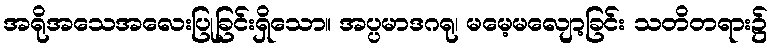
အရိုအသေအလေးပြုခြင်းရှိသော။ အပ္ပမာဒဂရု၊ မမေ့မလျော့ခြင်း သတိတရား၌